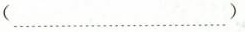
(……)